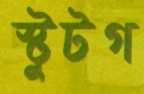
স্টুটগ